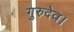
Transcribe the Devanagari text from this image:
गुरुदेव।